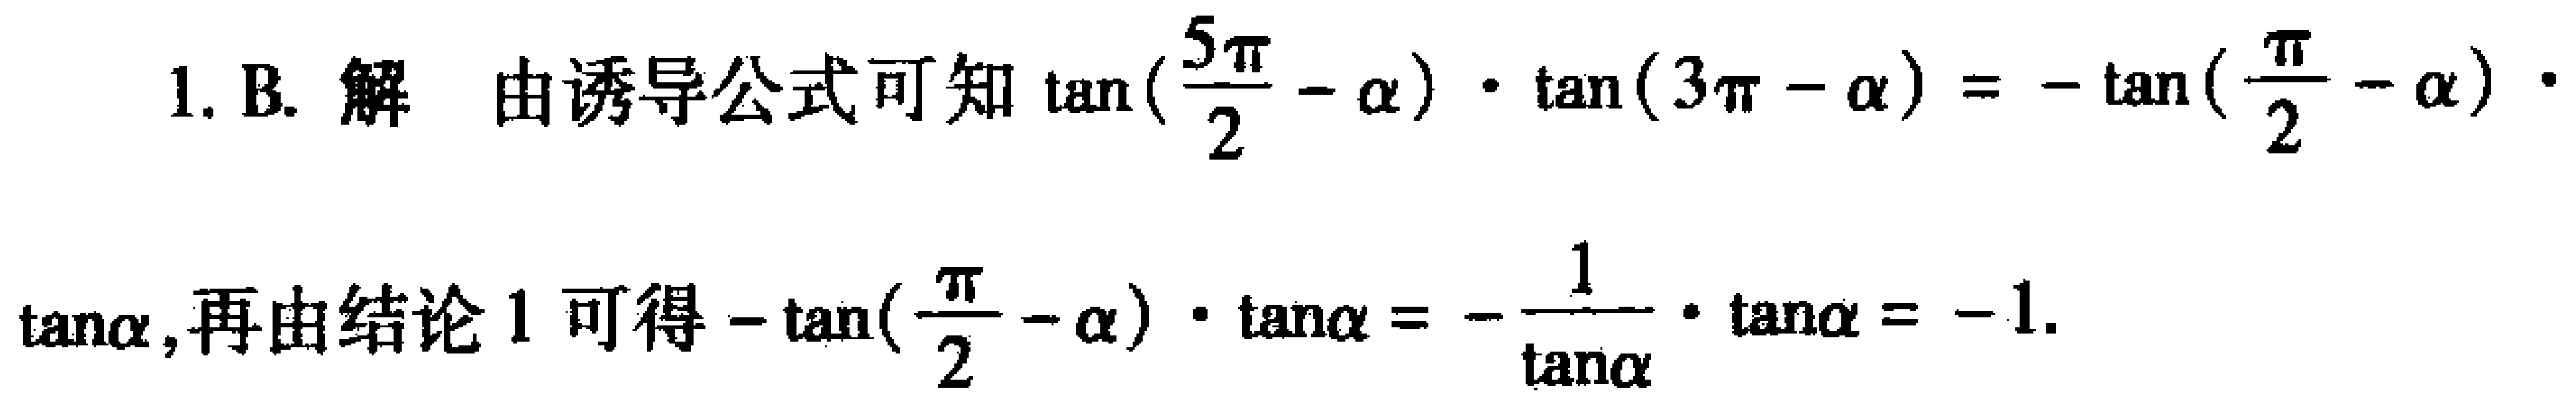
1. B. 解 由诱导公式可知\(\tan(\frac{5\pi}{2}-\alpha)\cdot\tan(3\pi - \alpha)=-\tan(\frac{\pi}{2}-\alpha)\cdot\tan\alpha\)，再由结论 1 可得\(-\tan(\frac{\pi}{2}-\alpha)\cdot\tan\alpha=-\frac{1}{\tan\alpha}\cdot\tan\alpha = - 1\).